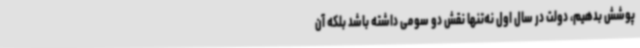
پوشش بدهیم، دولت در سال اول نه‌تنها نقش دو سومی داشته باشد بلکه آن